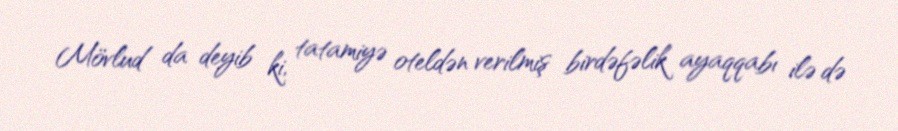
Mövlud da deyib ki, tatamiyə oteldən verilmiş birdəfəlik ayaqqabı ilə də